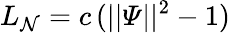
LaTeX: L_{\mathcal{N}}=c\, (||\varPsi||^{2}-1)